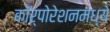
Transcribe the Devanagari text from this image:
कॉर्पोरेशनमध्ये